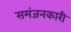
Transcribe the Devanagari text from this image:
समंजनकारी